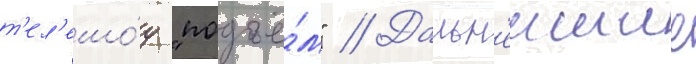
т'ел'ешо́у "подъё́м" // Дальн'еишие